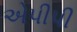
એપીપી